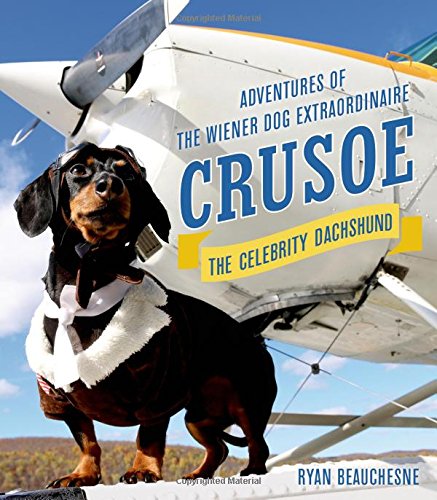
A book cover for Crusoe, the Celebrity Dachshund: Adventures of the Wiener Dog Extraordinaire; Ryan Beauchesne; Humor & Entertainment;